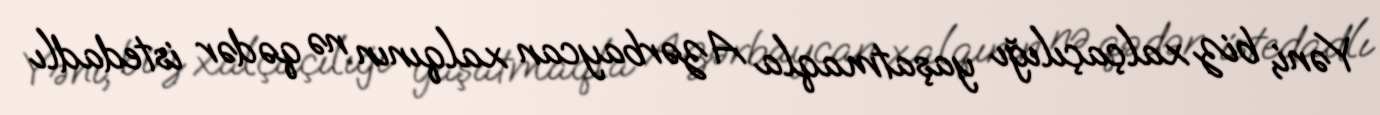
Yəni, biz xalçaçılığı yaşatmaqla Azərbaycan xalqının nə qədər istedadlı